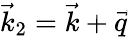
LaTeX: \vec{k}_{2}=\vec{k}+\vec{q}